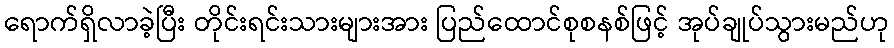
ရောက်ရှိလာခဲ့ပြီး တိုင်းရင်းသားများအား ပြည်ထောင်စုစနစ်ဖြင့် အုပ်ချုပ်သွားမည်ဟု